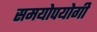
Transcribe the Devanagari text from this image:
समयोपयोगी